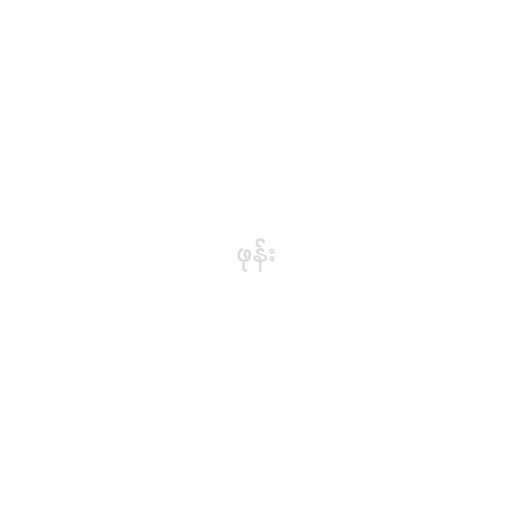
ဖုန်း